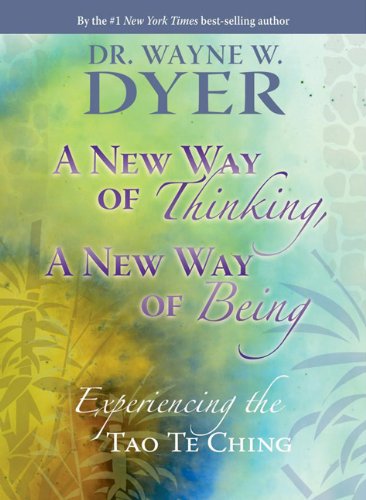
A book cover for A New Way of Thinking, A New Way of Being: Experiencing the Tao Te ching; Dr. Wayne W. Dyer; Religion & Spirituality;